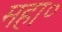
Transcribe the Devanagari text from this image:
महा०